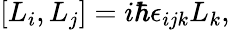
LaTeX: [L_{i},L_{j}]=i\hbar\epsilon_{ijk}L_{k},